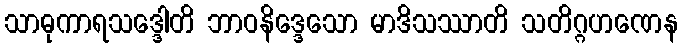
သာဓုကာရသဒ္ဒေါတိ ဘာဝနိဒ္ဒေသော မာဒိသဿာတိ သတိဂ္ဂဟဏေန